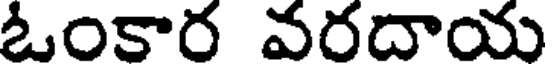
ఓంకార వరదాయ